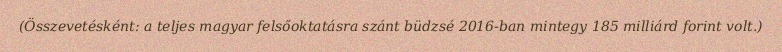
(Összevetésként: a teljes magyar felsőoktatásra szánt büdzsé 2016-ban mintegy 185 milliárd forint volt.)